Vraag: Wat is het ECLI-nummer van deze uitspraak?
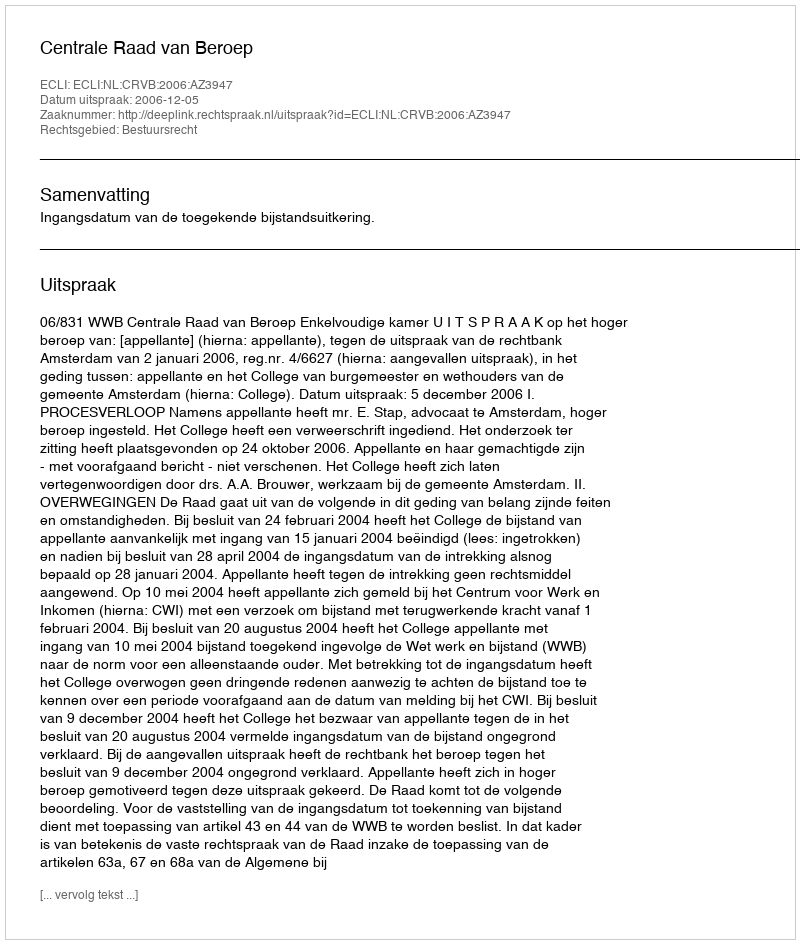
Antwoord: ECLI:NL:CRVB:2006:AZ3947